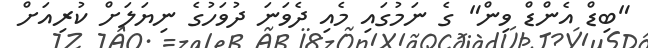
"ބިޑް އެންޑް ވިން" ގެ ނަމުގައި މެއި ދެވަނަ ދުވަހުގެ ނިޔަލަށް ކުރިއަށް